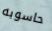
حاسوبه